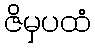
ဇိမှပထံ